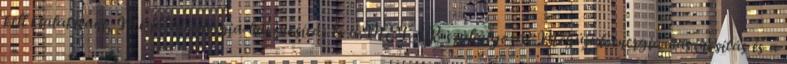
kell kialakítani, Megújulóenergia-hasznosítás és a METÁR-szabályozás Megújulóenergia-hasznosítás és a